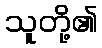
သူတို့၏